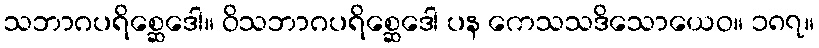
သဘာဂပရိစ္ဆေဒေါ။ ဝိသဘာဂပရိစ္ဆေဒေါ ပန ကေသသဒိသောယေဝ။ ၁၈၇။